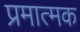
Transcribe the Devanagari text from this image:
प्रमात्मक